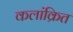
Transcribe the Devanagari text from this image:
कलांक्रित